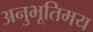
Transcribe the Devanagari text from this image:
अनुभूतिमय